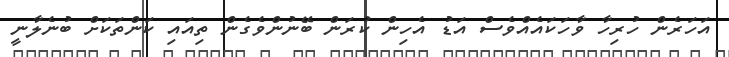
އަހަރެން ހުރިހާ ވާހަކައެއްވެސް އަޑު އެހިން ކުރަން ބޭނުންވެގެން ތިއައި ކަންތަކަށް ބުނެލާނީ